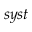
s y s t